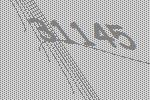
31145